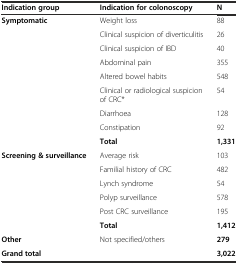
<table><thead><tr><td><b>Indication group</b></td><td><b>Indication for colonoscopy</b></td><td><b>N</b></td></tr></thead><tbody><tr><td><b>Symptomatic</b></td><td>Weight loss</td><td>88</td></tr><tr><td></td><td>Clinical suspicion of diverticulitis</td><td>26</td></tr><tr><td></td><td>Clinical suspicion of IBD</td><td>40</td></tr><tr><td></td><td>Abdominal pain</td><td>355</td></tr><tr><td></td><td>Altered bowel habits</td><td>548</td></tr><tr><td></td><td>Clinical or radiological suspicion of CRC*</td><td>54</td></tr><tr><td></td><td>Diarrhoea</td><td>128</td></tr><tr><td></td><td>Constipation</td><td>92</td></tr><tr><td></td><td><b>Total</b></td><td><b>1,331</b></td></tr><tr><td><b>Screening &amp; surveillance</b></td><td>Average risk</td><td>103</td></tr><tr><td></td><td>Familial history of CRC</td><td>482</td></tr><tr><td></td><td>Lynch syndrome</td><td>54</td></tr><tr><td></td><td>Polyp surveillance</td><td>578</td></tr><tr><td></td><td>Post CRC surveillance</td><td>195</td></tr><tr><td></td><td><b>Total</b></td><td><b>1,412</b></td></tr><tr><td><b>Other</b></td><td>Not specified/others</td><td><b>279</b></td></tr><tr><td colspan="2"><b>Grand total</b></td><td><b>3,022</b></td></tr></tbody></table>